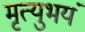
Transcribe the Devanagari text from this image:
मृत्युभयं